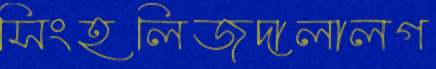
সিংহলিজদালালগ